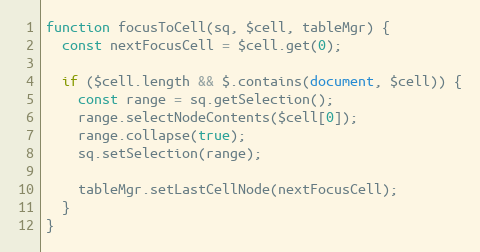
Language: JavaScript
function focusToCell(sq, $cell, tableMgr) {
  const nextFocusCell = $cell.get(0);

  if ($cell.length && $.contains(document, $cell)) {
    const range = sq.getSelection();
    range.selectNodeContents($cell[0]);
    range.collapse(true);
    sq.setSelection(range);

    tableMgr.setLastCellNode(nextFocusCell);
  }
}